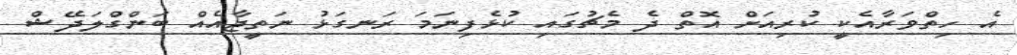
އެ ހިތްވަރާއެކީ ކުރިއަށް އޮތް ދެ މެޗުގައި ކުޅެފިނަމަ ރަނގަޅު ނަތީޖާއެއް ބަންގްލަދޭޝް